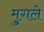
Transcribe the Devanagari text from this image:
मु्गले